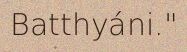
Batthyáni."